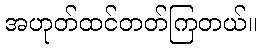
အဟုတ်ထင်တတ်ကြတယ်။